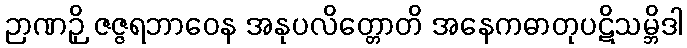
ဉာဏဉှိ ဇဇ္ဇရဘာဝေန အနုပလိတ္တောတိ အနေကဓာတုပဋိသမ္ဘိဒါ